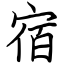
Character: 宿